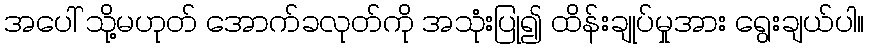
အပေါ် သို့မဟုတ် အောက်ခလုတ်ကို အသုံးပြု၍ ထိန်းချုပ်မှုအား ရွေးချယ်ပါ။